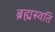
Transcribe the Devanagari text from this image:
ब्रह्मस्वति